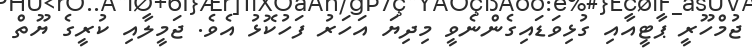
ޖުމްހޫރީ ޕާޓީއާއި ގުޅިވަޑައިގެންނެވީ މިދިޔަ އަހަރު ފަހުކޮޅު އެވެ. ޖަމީލާއި ކުރީގެ ޔޫތް